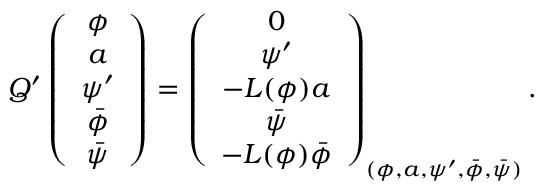
Q ^ { \prime } \left( \begin{array} { c } { { \phi } } \\ { { a } } \\ { { \psi ^ { \prime } } } \\ { { \bar { \phi } } } \\ { { \bar { \psi } } } \end{array} \right) = \left( \begin{array} { c } { { 0 } } \\ { { \psi ^ { \prime } } } \\ { { - L ( \phi ) a } } \\ { { \bar { \psi } } } \\ { { - L ( \phi ) \bar { \phi } } } \end{array} \right) _ { ( \phi , a , \psi ^ { \prime } , \bar { \phi } , \bar { \psi } ) } .